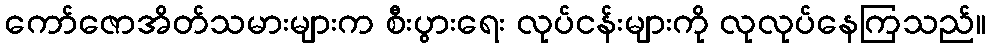
ကော်ဇောအိတ်သမားများက စီးပွားရေး လုပ်ငန်းများကို လုလုပ်နေကြသည်။